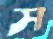
স